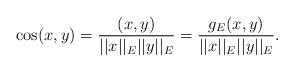
LaTeX: \begin{align*} \mathrm{cos}(x,y) = \frac{(x,y)}{||x||_E||y||_E} = \frac{g_E(x,y)}{||x||_E||y||_E}.\end{align*}